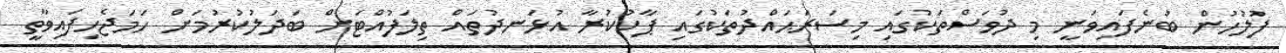
ފުލުހުން ބުނެފައިވަނީ މި ދުވަސްތަކުގައި މިސަރަޙައްދުތަކުގައި ޕާކުކުރާ އުޅަނދުތައް ތިލަފުއްޓަށް ބަދަލުކުރުމަށް ހަމަޖެހިފައިވާތީ